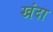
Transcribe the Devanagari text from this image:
खंदा